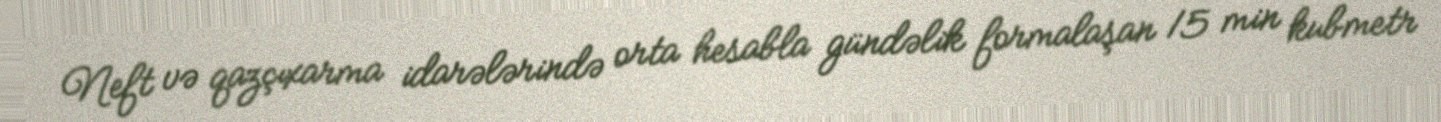
Neft və qazçıxarma idarələrində orta hesabla gündəlik formalaşan 15 min kubmetr